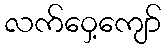
လက်ဝှေ့ကျော်